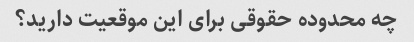
چه محدوده حقوقی برای این موقعیت دارید؟